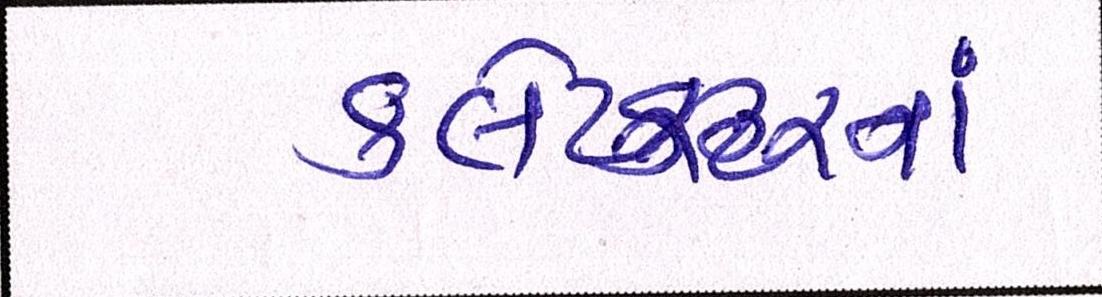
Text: કલેકટરનાં